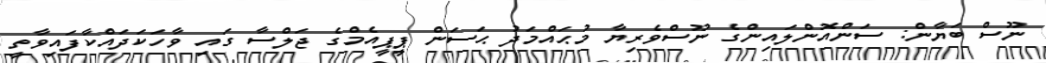
ނޫސް ބަޔާން: ސަންއޮންލައިންގެ ނޫސްވެރިޔާ މުޙައްމަދު ޙަސަން ޕީޕީއެމްގެ ޖަލްސާ ގައި ވާހަކަދައްކާފައިވާތީ